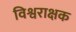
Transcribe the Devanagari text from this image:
विश्वराक्षक